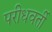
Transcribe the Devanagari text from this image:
परीधवर्ती